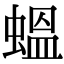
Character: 蝹